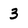
Character: 3